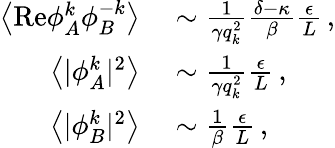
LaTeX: \begin{array}{rl}{\left\langle\mathrm{Re}{\phi}_{A}^{k}{\phi}_{B}^{-k}\right\rangle}&{{}\sim\frac{1}{\gamma q_{k}^{2}}\frac{\delta-\kappa}{\beta}\frac{\epsilon}{L}\, ,}\\ {\left\langle\vert{\phi}_{A}^{k}\vert^{2}\right\rangle}&{{}\sim\frac{1}{\gamma q_{k}^{2}}\frac{\epsilon}{L}\, ,}\\ {\left\langle\vert{\phi}_{B}^{k}\vert^{2}\right\rangle}&{{}\sim\frac{1}{\beta}\frac{\epsilon}{L}\, ,}\end{array}